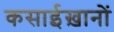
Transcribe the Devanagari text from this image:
कसाईख़ानों